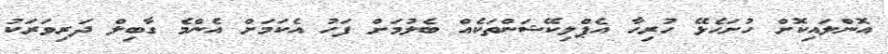
އޮންލައިކޮށް ހުށަހެޅޭ ހުރިހާ އެޕްލިކޭޝަންތަކެއް ބެލުމަށް ފަހު އެކަމަށް އެންމެ ގާބިލް ދަރިވަރަކު